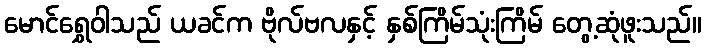
မောင်ရွှေဝါသည် ယခင်က ဗိုလ်ဗလနှင့် နှစ်ကြိမ်သုံးကြိမ် တွေ့ဆုံဖူးသည်။